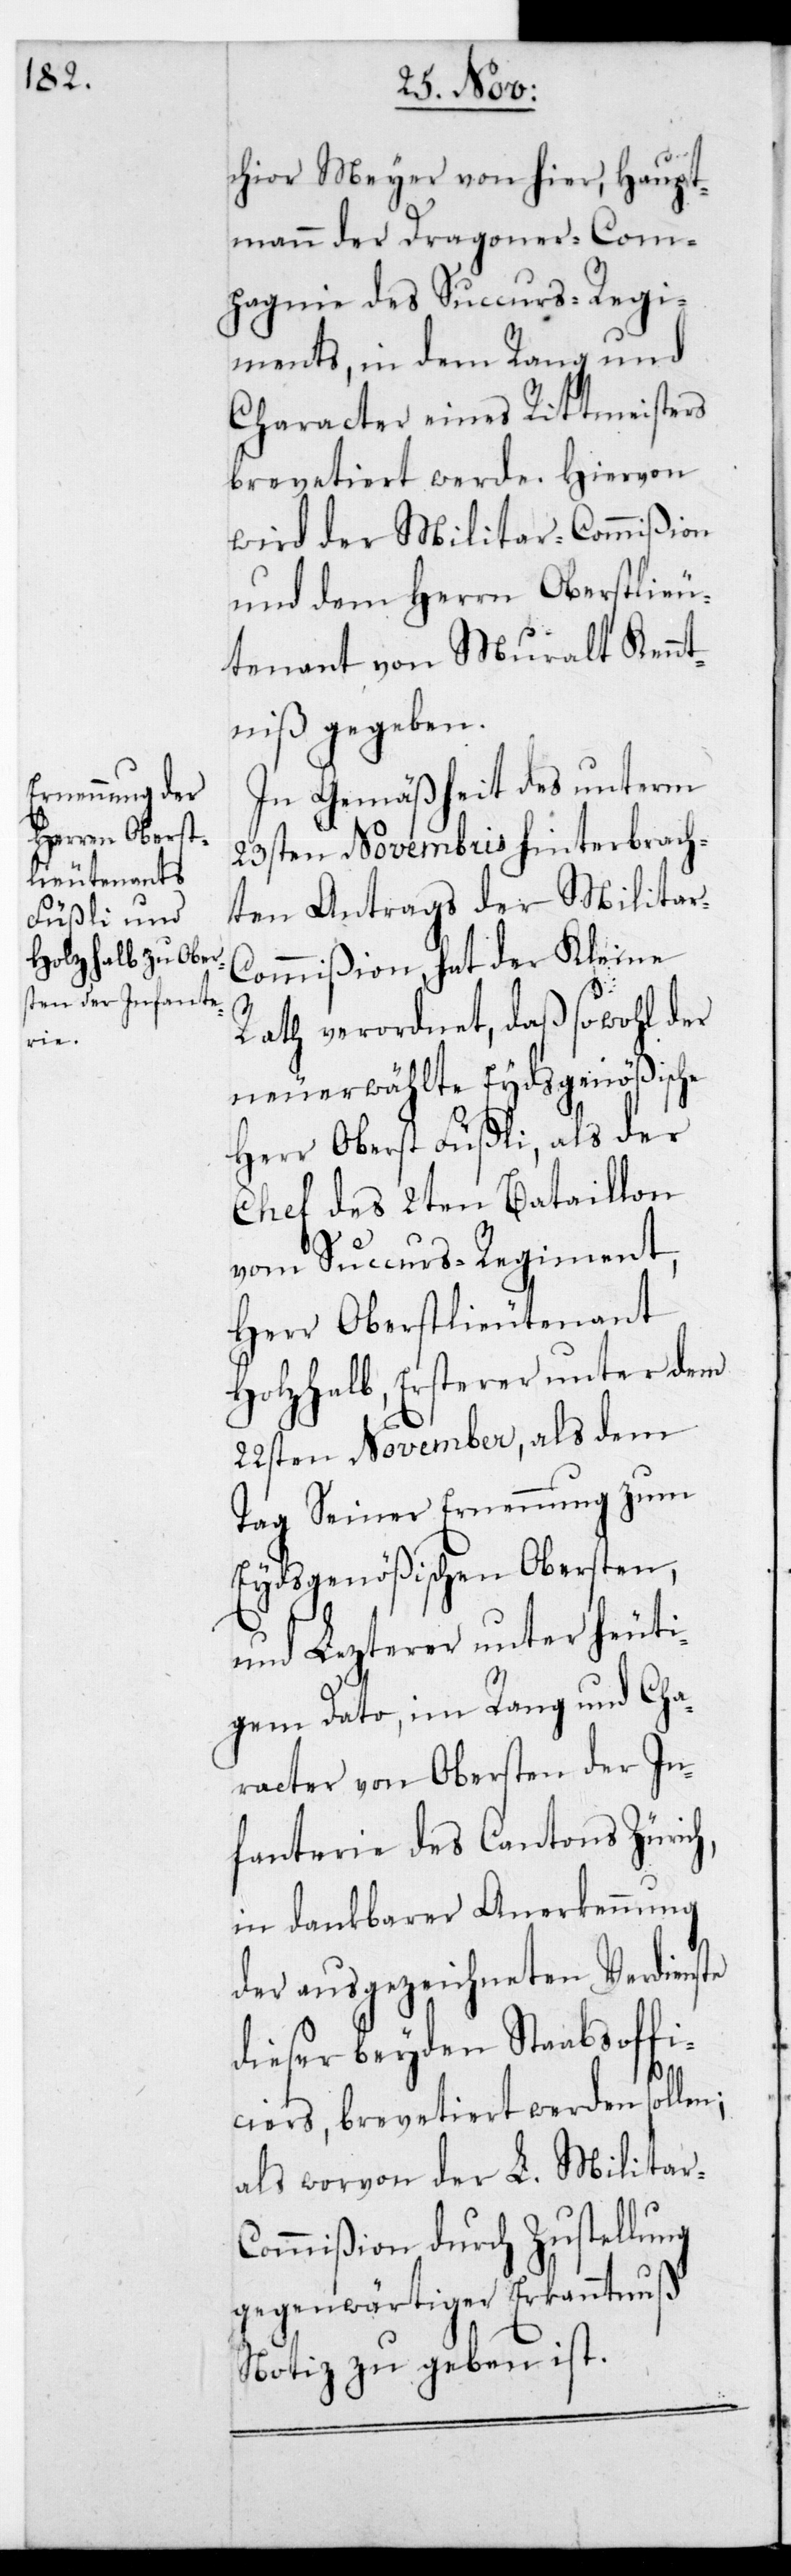
chior Meyer von hier, Haupt¬
mann der Dragoner-Com¬
agnie des Succurs-Regi¬
ments, in dem Rang und
Character eines Rittmeisters
brevetiert werde. Hiervon
wird der Militar-Commißion
und dem Herrn Oberstlieu¬
tenant von Muralt Kennt¬
niß gegeben.
In Gemäßheit des unterm
23sten Novembris hinterbrach¬
ten Antrags der Militar-C¬
ommißion hat der Kleine
Rath verordnet, daß sowohl der
neu erwählte Eydsgenößische
Herr Oberst Füßli, als der
Chef des 2ten Bataillon
vom Succurs-Regiment,
Herr Oberstlieutant
Holzhalb, ersterer unter dem
22sten November, als dem
Tag seiner Ernennung zum
Eydsgenößischen Obersten,
und lezterer unter heuti¬
gem Dato, im Rang und Cha¬
racter von Obersten der In¬
fanterie des Cantons Zürich,
in dankbarer Anerkennung
der ausgezeichneten Verdienste
dieser beyden Stabsoffi¬
ciers, brevetiert werden sollen;
als worvon der L. Militar-C¬
ommißion durch Zustellung
gegenwärtiger Erkanntnuß
Notiz zu geben ist.